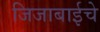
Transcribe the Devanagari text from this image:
जिजाबाईचे